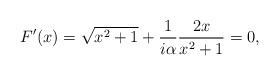
\begin{align*}F'(x)=\sqrt{x^2+1}+{1\over i\alpha}{2x\over x^2+1}=0,\end{align*}